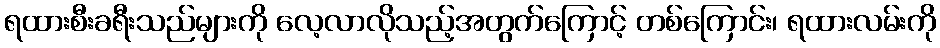
ရထားစီးခရီးသည်များကို လေ့လာလိုသည့်အတွက်ကြောင့် တစ်ကြောင်း၊ ရထားလမ်းကို